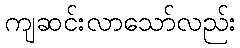
ကျဆင်းလာသော်လည်း